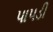
પાપડી